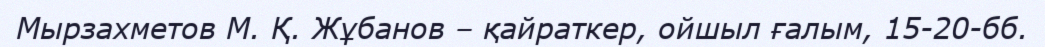
Мырзахметов М. Қ. Жұбанов – қайраткер, ойшыл ғалым, 15-20-бб.